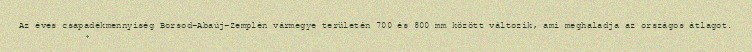
Az éves csapadékmennyiség Borsod-Abaúj-Zemplén vármegye területén 700 és 800 mm között változik, ami meghaladja az országos átlagot.